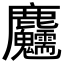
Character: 𪋺